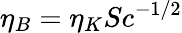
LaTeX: \eta_{B}=\eta_{K}Sc^{-1/2}